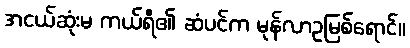
အငယ်ဆုံးမ ကယ်ရီ၏ ဆံပင်က မုန်လာဥမြစ်ရောင်။